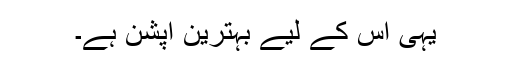
یہی اس کے لیے بہترین آپشن ہے۔